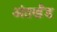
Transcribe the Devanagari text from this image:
अंतर्खंड